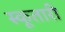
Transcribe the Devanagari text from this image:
स्कूतारी